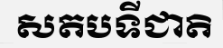
សតបទីជាតិ